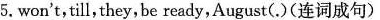
5.won't,till,they,be ready,August(.)(连词成句)